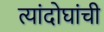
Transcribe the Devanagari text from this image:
त्यांदोघांची